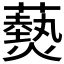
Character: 𤑔